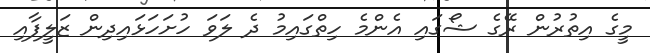
މީގެ އިތުރުން ރޭގެ ޝޯގައި އެންމެ ހިތްގައިމު ދެ ލަވަ ހުށަހަޅައިދިން ޒަލީފާއި